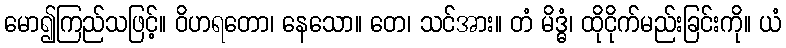
မော၍ကြည်သဖြင့်။ ဝိဟရတော၊ နေသော။ တေ၊ သင်အား။ တံ မိဒ္ဓံ၊ ထိုငိုက်မည်းခြင်းကို။ ယံ